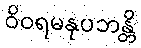
ဝိဝရမနုပဘန္တိ